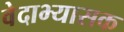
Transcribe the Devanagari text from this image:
वेदाभ्यासक